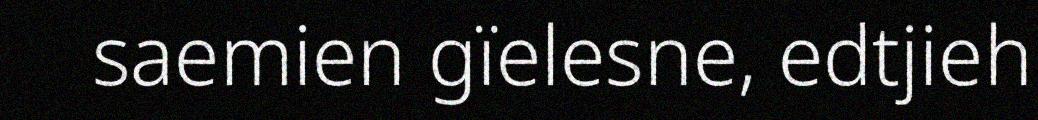
saemien gïelesne, edtjieh